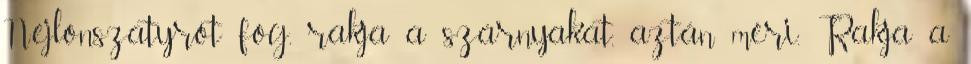
Nejlonszatyrot fog, rakja a szárnyakat, aztán méri. Rakja a